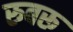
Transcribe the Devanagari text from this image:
रुबरू